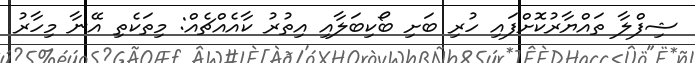
ޝިފްލާ ތައްޔާރުކޮށްފައި ހުރި ބަށި ބޯކިބަލާއި އިތުރު ކާއެއްޗެއް: މިތަކެތި އޭނާ މިހާރު